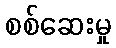
စစ်ဆေးမှု